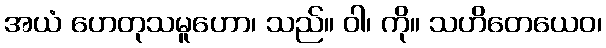
အယံ ဟေတုသမူဟော၊ သည်။ ဝါ၊ ကို။ သဟိတေယေဝ၊